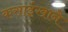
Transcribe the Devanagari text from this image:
कसाईखाने